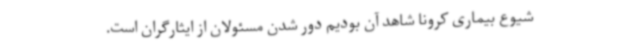
شیوع بیماری کرونا شاهد آن بودیم دور شدن مسئولان از ایثارگران است.